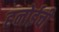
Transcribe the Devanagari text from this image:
हनोईची